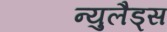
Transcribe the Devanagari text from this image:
न्युलैड्स